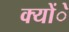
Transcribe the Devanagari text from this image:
क्योंे